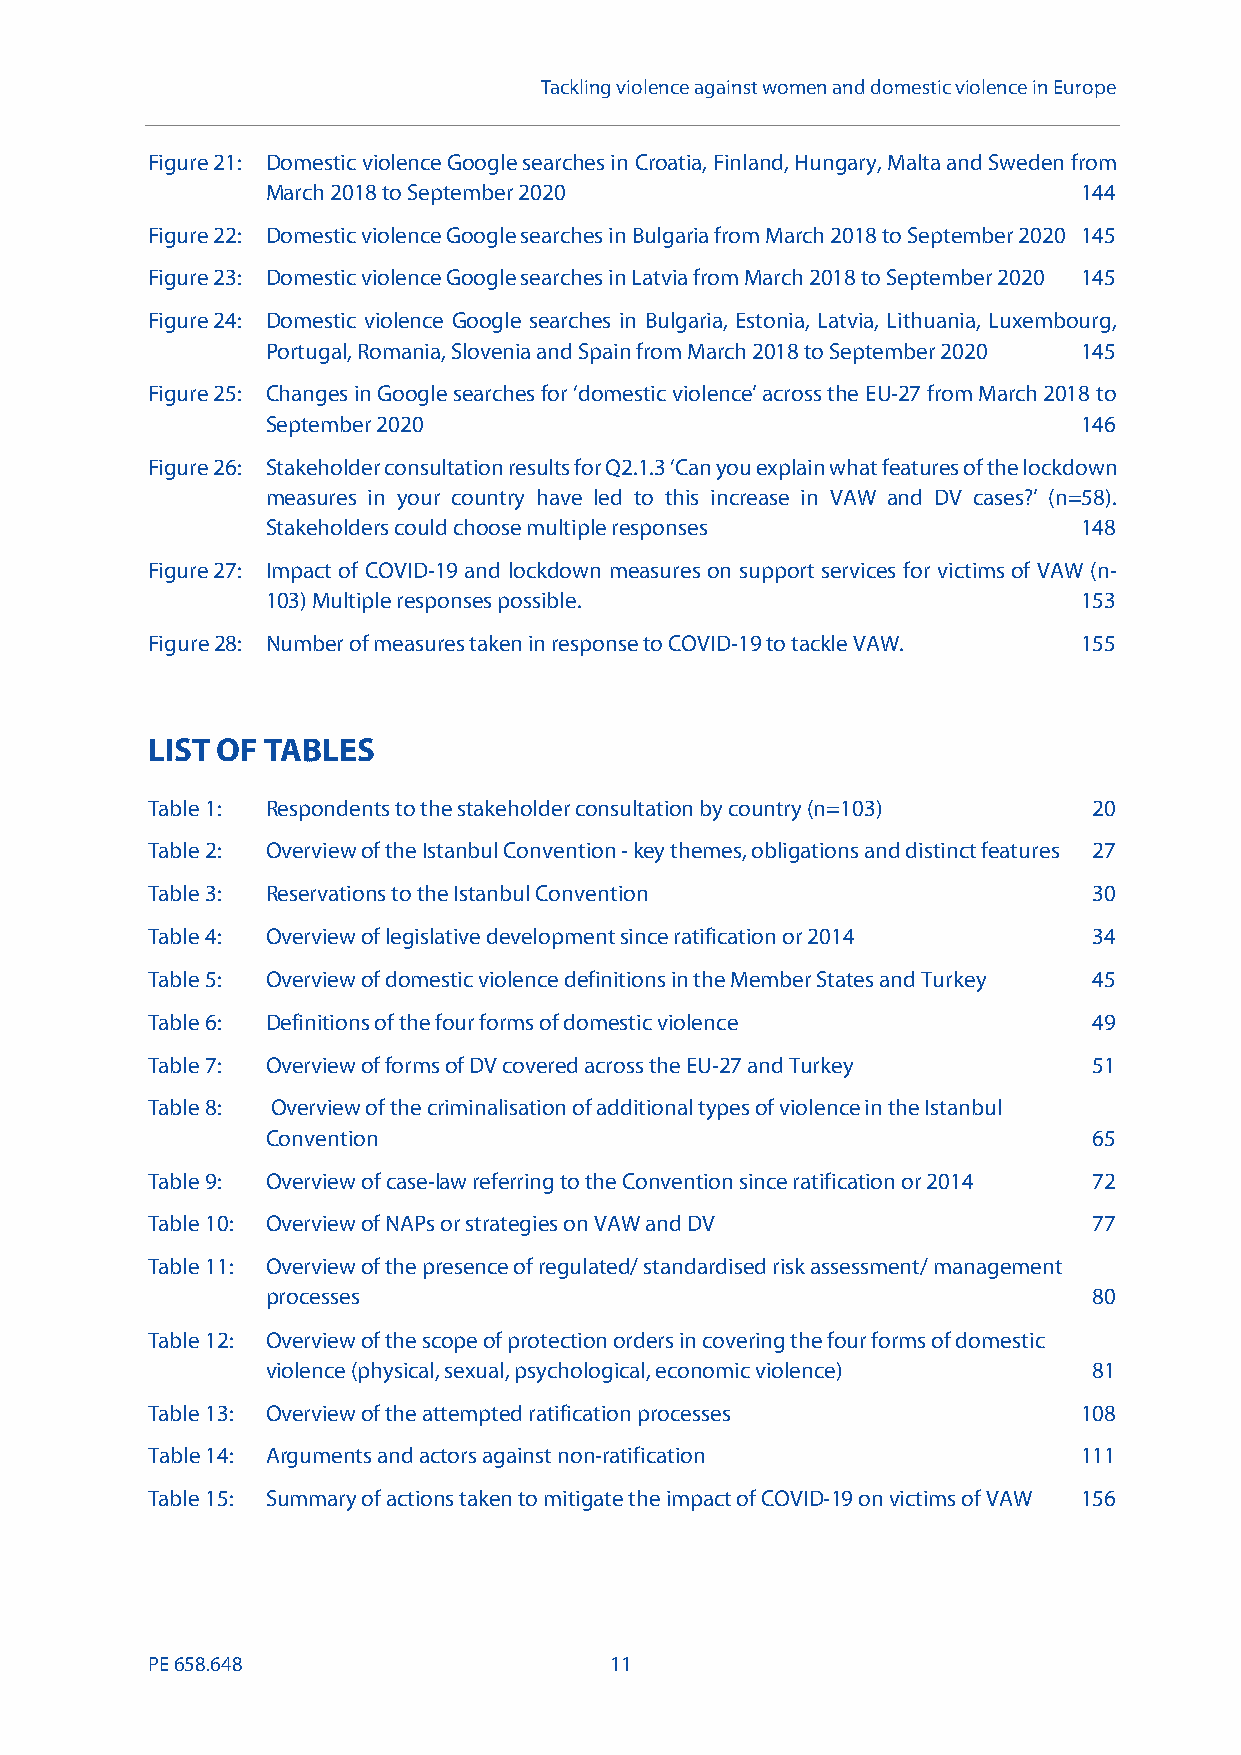
Tackling violence against women and domestic violence in Europe
 Figure 21: Domestic violence Google searches in Croatia, Finland, Hungary, Malta and Sweden from
 March 2018 to September 2020                          144
 Figure 22: Domestic violence Google searches in Bulgaria from March 2018 to September 2020 145
 Figure 23: Domestic violence Google searches in Latvia from March 2018 to September 2020 145
 Figure 24: Domestic violence Google searches in Bulgaria, Estonia, Latvia, Lithuania, Luxembourg,
 Portugal, Romania, Slovenia and Spain from March 2018 to September 2020 145
 Figure 25: Changes in Google searches for ‘domestic violence’ across the EU-27 from March 2018 to
 September 2020                                        146
 Figure 26: Stakeholder consultation results for Q2.1.3 ‘Can you explain what features of the lockdown
 measures in your country have led to this increase in VAW and DV cases?’ (n=58).
 Stakeholders could choose multiple responses          148
 Figure 27: Impact of COVID-19 and lockdown measures on support services for victims of VAW (n-
 103) Multiple responses possible.                     153
 Figure28: Number of measures taken in response to COVID-19to tackle VAW. 155
 LIST OF TABLES
 Table 1: Respondents to the stakeholder consultation by country (n=103) 20
 Table 2: Overviewof the Istanbul Convention-key themes, obligations and distinct features 27
 Table 3: Reservations to the Istanbul Convention              30
 Table 4: Overview of legislative developmentsince ratification or 2014 34
 Table 5: Overview of domestic violence definitions in the Member States and Turkey 45
 Table 6: Definitions of the four forms of domestic violence   49
 Table 7: Overview of forms of DV covered across the EU-27 and Turkey 51
 Table 8: Overview of the criminalisation of additional types of violence in the Istanbul
 Convention                                            65
 Table 9: Overview of case-law referring to the Convention since ratification or 2014 72
 Table 10: Overview of NAPs or strategies on VAW and DV        77
 Table 11: Overview of the presence of regulated/ standardised risk assessment/ management
 processes                                             80
 Table 12: Overview of the scope of protection orders in covering the four forms of domestic
 violence (physical, sexual, psychological, economic violence) 81
 Table 13: Overview of the attempted ratification processes    108
 Table14: Arguments and actors against non-ratification        111
 Table 15: Summary of actions taken to mitigate the impact of COVID-19 on victims of VAW 156
 PE658.648                     11